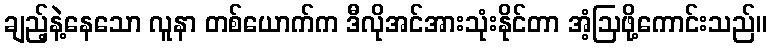
ချည့်နဲ့နေသော လူနာ တစ်ယောက်က ဒီလိုအင်အားသုံးနိုင်တာ အံ့ဩဖို့ကောင်းသည်။